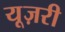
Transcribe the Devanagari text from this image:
यूज़री